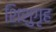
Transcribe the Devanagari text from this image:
शिशुगृह